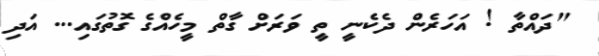
"ދައްތާ ! އަހަރެން ދެކެނީ ތީ ވަރަށް ގާތް މީހެއްގެ ގޮތުގައި... އަދި